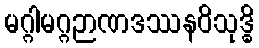
မဂ္ဂါမဂ္ဂဉာဏဒဿနဝိသုဒ္ဓိ